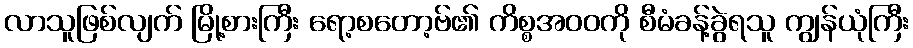
လာသူဖြစ်လျက် မြို့စားကြီး ရော့စတော့ဗ်၏ ကိစ္စအဝဝကို စီမံခန့်ခွဲရသူ ကျွန်ယုံကြီး